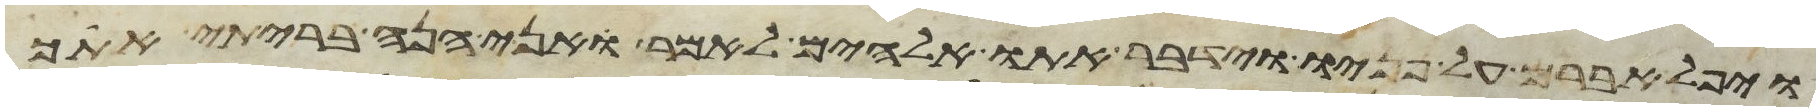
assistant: ויפל אברם על פניו וידבר אתו אלהים לאמר ואני הנה בריתי אתך